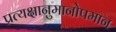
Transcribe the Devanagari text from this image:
प्रत्यक्षानुमानोपमान